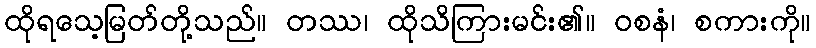
ထိုရသေ့မြတ်တို့သည်။ တဿ၊ ထိုသိကြားမင်း၏။ ဝစနံ၊ စကားကို။